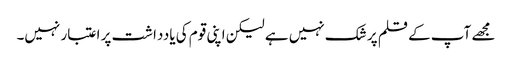
مجھے آپ کے قلم پر شک نہیں ہے لیکن اپنی قوم کی یادداشت پر اعتبار نہیں۔